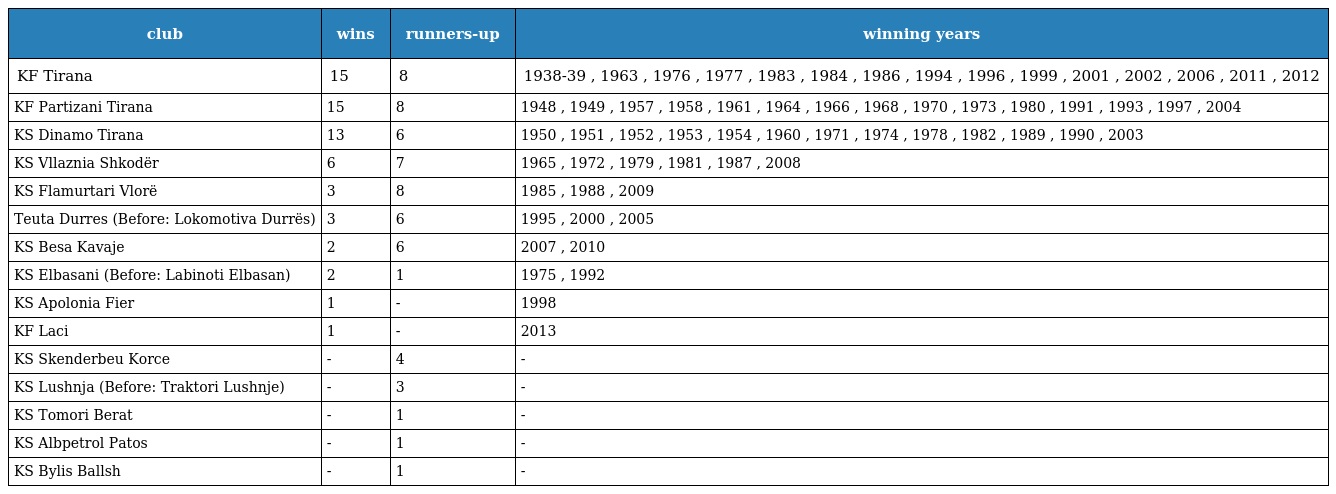
| club | wins | runners-up | winning years |
 | --- | --- | --- | --- |
 | KF Tirana | 15 | 8 | 1938-39 , 1963 , 1976 , 1977 , 1983 , 1984 , 1986 , 1994 , 1996 , 1999 , 2001 , 2002 , 2006 , 2011 , 2012 |
 | KF Partizani Tirana | 15 | 8 | 1948 , 1949 , 1957 , 1958 , 1961 , 1964 , 1966 , 1968 , 1970 , 1973 , 1980 , 1991 , 1993 , 1997 , 2004 |
 | KS Dinamo Tirana | 13 | 6 | 1950 , 1951 , 1952 , 1953 , 1954 , 1960 , 1971 , 1974 , 1978 , 1982 , 1989 , 1990 , 2003 |
 | KS Vllaznia Shkodër | 6 | 7 | 1965 , 1972 , 1979 , 1981 , 1987 , 2008 |
 | KS Flamurtari Vlorë | 3 | 8 | 1985 , 1988 , 2009 |
 | Teuta Durres (Before: Lokomotiva Durrës) | 3 | 6 | 1995 , 2000 , 2005 |
 | KS Besa Kavaje | 2 | 6 | 2007 , 2010 |
 | KS Elbasani (Before: Labinoti Elbasan) | 2 | 1 | 1975 , 1992 |
 | KS Apolonia Fier | 1 | - | 1998 |
 | KF Laci | 1 | - | 2013 |
 | KS Skenderbeu Korce | - | 4 | - |
 | KS Lushnja (Before: Traktori Lushnje) | - | 3 | - |
 | KS Tomori Berat | - | 1 | - |
 | KS Albpetrol Patos | - | 1 | - |
 | KS Bylis Ballsh | - | 1 | - |